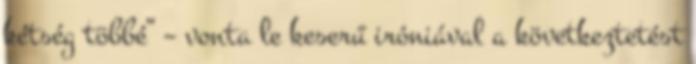
kétség többé” – vonta le keserű iróniával a következtetést